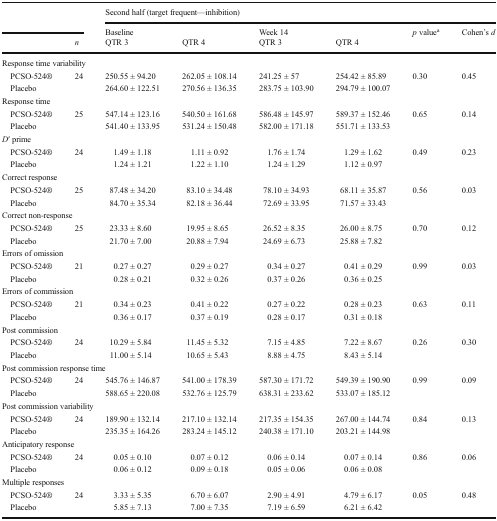
<table><thead><tr><td rowspan="2" colspan="2"></td><td colspan="6"><b>Second half (target frequent—inhibition)</b></td></tr><tr><td><b>Baseline</b></td><td></td><td><b>Week 14</b></td><td></td><td rowspan="2"><b><i>p</i> value<sup>a</sup></b></td><td rowspan="2"><b>Cohen’s <i>d</i></b></td></tr><tr><td></td><td><b><i>n</i></b></td><td><b>QTR 3</b></td><td><b>QTR 4</b></td><td><b>QTR 3</b></td><td><b>QTR 4</b></td></tr></thead><tbody><tr><td colspan="8">Response time variability</td></tr><tr><td> PCSO-524®</td><td>24</td><td>250.55 ± 94.20</td><td>262.05 ± 108.14</td><td>241.25 ± 57</td><td>254.42 ± 85.89</td><td>0.30</td><td>0.45</td></tr><tr><td> Placebo</td><td></td><td>264.60 ± 122.51</td><td>270.56 ± 136.35</td><td>283.75 ± 103.90</td><td>294.79 ± 100.07</td><td></td><td></td></tr><tr><td colspan="8">Response time</td></tr><tr><td> PCSO-524®</td><td>25</td><td>547.14 ± 123.16</td><td>540.50 ± 161.68</td><td>586.48 ± 145.97</td><td>589.37 ± 152.46</td><td>0.65</td><td>0.14</td></tr><tr><td> Placebo</td><td></td><td>541.40 ± 133.95</td><td>531.24 ± 150.48</td><td>582.00 ± 171.18</td><td>551.71 ± 133.53</td><td></td><td></td></tr><tr><td colspan="8"><i>D</i>′ prime</td></tr><tr><td> PCSO-524®</td><td>24</td><td>1.49 ± 1.18</td><td>1.11 ± 0.92</td><td>1.76 ± 1.74</td><td>1.29 ± 1.62</td><td>0.49</td><td>0.23</td></tr><tr><td> Placebo</td><td></td><td>1.24 ± 1.21</td><td>1.22 ± 1.10</td><td>1.24 ± 1.29</td><td>1.12 ± 0.97</td><td></td><td></td></tr><tr><td colspan="8">Correct response</td></tr><tr><td> PCSO-524®</td><td>25</td><td>87.48 ± 34.20</td><td>83.10 ± 34.48</td><td>78.10 ± 34.93</td><td>68.11 ± 35.87</td><td>0.56</td><td>0.03</td></tr><tr><td> Placebo</td><td></td><td>84.70 ± 35.34</td><td>82.18 ± 36.44</td><td>72.69 ± 33.95</td><td>71.57 ± 33.43</td><td></td><td></td></tr><tr><td colspan="8">Correct non-response</td></tr><tr><td> PCSO-524®</td><td>25</td><td>23.33 ± 8.60</td><td>19.95 ± 8.65</td><td>26.52 ± 8.35</td><td>26.00 ± 8.75</td><td>0.70</td><td>0.12</td></tr><tr><td> Placebo</td><td></td><td>21.70 ± 7.00</td><td>20.88 ± 7.94</td><td>24.69 ± 6.73</td><td>25.88 ± 7.82</td><td></td><td></td></tr><tr><td colspan="8">Errors of omission</td></tr><tr><td> PCSO-524®</td><td>21</td><td>0.27 ± 0.27</td><td>0.29 ± 0.27</td><td>0.34 ± 0.27</td><td>0.41 ± 0.29</td><td>0.99</td><td>0.03</td></tr><tr><td> Placebo</td><td></td><td>0.28 ± 0.21</td><td>0.32 ± 0.26</td><td>0.37 ± 0.26</td><td>0.36 ± 0.25</td><td></td><td></td></tr><tr><td colspan="8">Errors of commission</td></tr><tr><td> PCSO-524®</td><td>21</td><td>0.34 ± 0.23</td><td>0.41 ± 0.22</td><td>0.27 ± 0.22</td><td>0.28 ± 0.23</td><td>0.63</td><td>0.11</td></tr><tr><td> Placebo</td><td></td><td>0.36 ± 0.17</td><td>0.37 ± 0.19</td><td>0.28 ± 0.17</td><td>0.31 ± 0.18</td><td></td><td></td></tr><tr><td colspan="8">Post commission</td></tr><tr><td> PCSO-524®</td><td>24</td><td>10.29 ± 5.84</td><td>11.45 ± 5.32</td><td>7.15 ± 4.85</td><td>7.22 ± 8.67</td><td>0.26</td><td>0.30</td></tr><tr><td> Placebo</td><td></td><td>11.00 ± 5.14</td><td>10.65 ± 5.43</td><td>8.88 ± 4.75</td><td>8.43 ± 5.14</td><td></td><td></td></tr><tr><td colspan="8">Post commission response time</td></tr><tr><td> PCSO-524®</td><td>24</td><td>545.76 ± 146.87</td><td>541.00 ± 178.39</td><td>587.30 ± 171.72</td><td>549.39 ± 190.90</td><td>0.99</td><td>0.09</td></tr><tr><td> Placebo</td><td></td><td>588.65 ± 220.08</td><td>532.76 ± 125.79</td><td>638.31 ± 233.62</td><td>533.07 ± 185.12</td><td></td><td></td></tr><tr><td colspan="8">Post commission variability</td></tr><tr><td> PCSO-524®</td><td>24</td><td>189.90 ± 132.14</td><td>217.10 ± 132.14</td><td>217.35 ± 154.35</td><td>267.00 ± 144.74</td><td>0.84</td><td>0.13</td></tr><tr><td> Placebo</td><td></td><td>235.35 ± 164.26</td><td>283.24 ± 145.12</td><td>240.38 ± 171.10</td><td>203.21 ± 144.98</td><td></td><td></td></tr><tr><td colspan="8">Anticipatory response</td></tr><tr><td> PCSO-524®</td><td>24</td><td>0.05 ± 0.10</td><td>0.07 ± 0.12</td><td>0.06 ± 0.14</td><td>0.07 ± 0.14</td><td>0.86</td><td>0.06</td></tr><tr><td> Placebo</td><td></td><td>0.06 ± 0.12</td><td>0.09 ± 0.18</td><td>0.05 ± 0.06</td><td>0.06 ± 0.08</td><td></td><td></td></tr><tr><td colspan="8">Multiple responses</td></tr><tr><td> PCSO-524®</td><td>24</td><td>3.33 ± 5.35</td><td>6.70 ± 6.07</td><td>2.90 ± 4.91</td><td>4.79 ± 6.17</td><td>0.05</td><td>0.48</td></tr><tr><td> Placebo</td><td></td><td>5.85 ± 7.13</td><td>7.00 ± 7.35</td><td>7.19 ± 6.59</td><td>6.21 ± 6.42</td><td></td><td></td></tr></tbody></table>